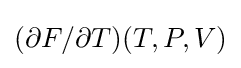
(\partial F/\partial T)(T,P,V)